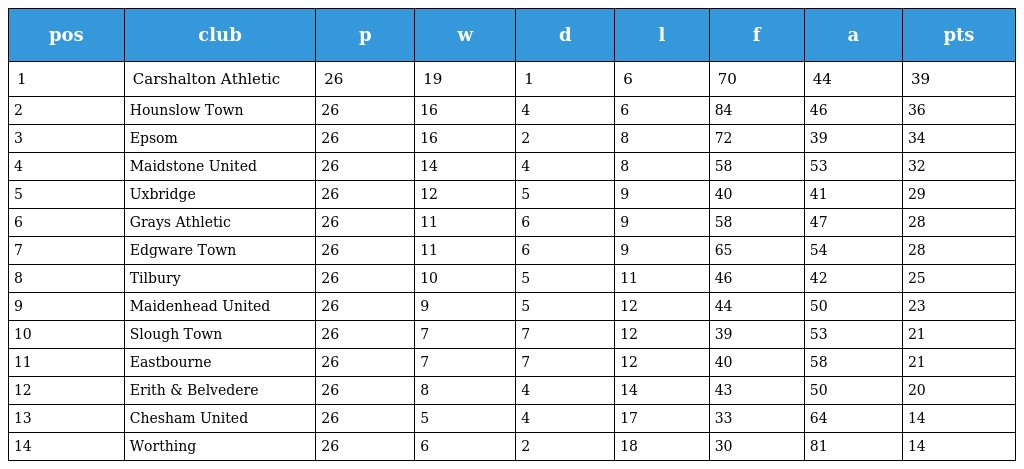
| pos | club | p | w | d | l | f | a | pts |
 | --- | --- | --- | --- | --- | --- | --- | --- | --- |
 | 1 | Carshalton Athletic | 26 | 19 | 1 | 6 | 70 | 44 | 39 |
 | 2 | Hounslow Town | 26 | 16 | 4 | 6 | 84 | 46 | 36 |
 | 3 | Epsom | 26 | 16 | 2 | 8 | 72 | 39 | 34 |
 | 4 | Maidstone United | 26 | 14 | 4 | 8 | 58 | 53 | 32 |
 | 5 | Uxbridge | 26 | 12 | 5 | 9 | 40 | 41 | 29 |
 | 6 | Grays Athletic | 26 | 11 | 6 | 9 | 58 | 47 | 28 |
 | 7 | Edgware Town | 26 | 11 | 6 | 9 | 65 | 54 | 28 |
 | 8 | Tilbury | 26 | 10 | 5 | 11 | 46 | 42 | 25 |
 | 9 | Maidenhead United | 26 | 9 | 5 | 12 | 44 | 50 | 23 |
 | 10 | Slough Town | 26 | 7 | 7 | 12 | 39 | 53 | 21 |
 | 11 | Eastbourne | 26 | 7 | 7 | 12 | 40 | 58 | 21 |
 | 12 | Erith & Belvedere | 26 | 8 | 4 | 14 | 43 | 50 | 20 |
 | 13 | Chesham United | 26 | 5 | 4 | 17 | 33 | 64 | 14 |
 | 14 | Worthing | 26 | 6 | 2 | 18 | 30 | 81 | 14 |